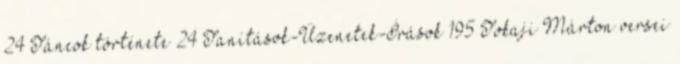
24 Táncok története 24 Tanítások-Üzenetek-Írások 195 Tokaji Márton versei